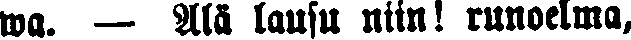
wa. — Älä lausu niin! runoelma,